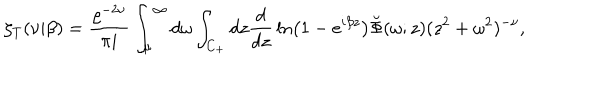
\zeta _ { T } ( \nu | \beta ) = { \frac { \varrho ^ { - 2 \nu } } { \pi i } } \int _ { \mu } ^ { \infty } d \omega \int _ { C _ { + } } d z { \frac { d } { d z } } \ln \left( 1 - e ^ { i \beta z } \right) \breve { \Phi } ( \omega ; z ) ( z ^ { 2 } + \omega ^ { 2 } ) ^ { - \nu } ,